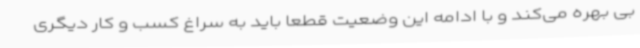
بی بهره می‌کند و با ادامه این وضعیت قطعا باید به سراغ کسب و کار دیگری